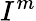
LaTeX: I^{m}